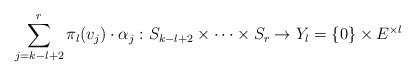
LaTeX: \begin{align*}\sum_{j=k-l+2}^r \pi_l(v_j)\cdot \alpha_j: S_{k-l+2}\times \dots \times S_{r} \to Y_l = \left\{0\right\}\times E^{\times l}\end{align*}